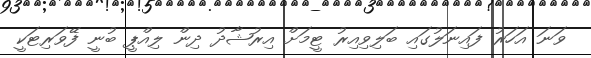
ވަނަ އަހަރު ފައިނަލުގައި ބަލިވިއިރު ޓީމަށް އިރުޝާދު ދިން ލިއްޕީ ބުނީ ފޭވަރިޓަކީ